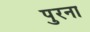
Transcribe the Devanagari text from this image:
पुरना